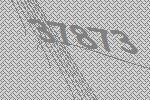
37873